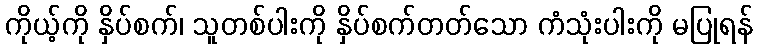
ကိုယ့်ကို နှိပ်စက်၊ သူတစ်ပါးကို နှိပ်စက်တတ်သော ကံသုံးပါးကို မပြုရန်